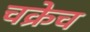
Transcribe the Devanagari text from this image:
चक्रेच